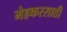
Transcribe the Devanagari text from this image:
मेहकरसाठी